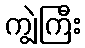
ကျွဲကြီး